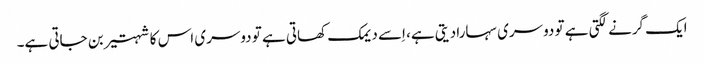
ایک گرنے لگتی ہے تو دوسری سہارا دیتی ہے، اِسے دیمک کھاتی ہے تو دوسری اس کا شہتیر بن جاتی ہے۔